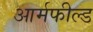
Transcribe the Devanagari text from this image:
आर्मफील्ड